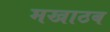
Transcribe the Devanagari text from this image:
मखाठब